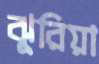
ঝুরিয়া